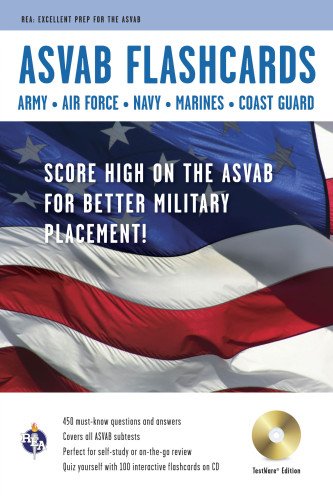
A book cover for ASVAB Flashcards with CD (Military (ASVAB) Test Preparation); Editors of REA; Test Preparation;